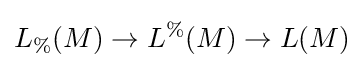
L_{\%}(M)\to L^{\%}(M)\to L(M)